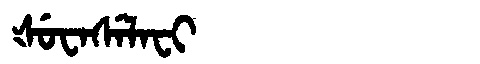
Manchu: ᡧᡠᠸᠠᠰᡝᠯᠠᠸᡳ
Romanization: ŠUWASELAFI